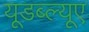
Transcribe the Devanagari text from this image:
यूडब्ल्यूए